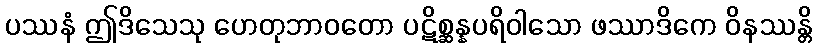
ပဿနံ ဤဒိသေသု ဟေတုဘာဝတော ပဋိစ္ဆန္နပရိဝါသော ဖဿာဒိကေ ဝိနဿန္တိ